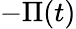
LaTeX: -\Pi(t)